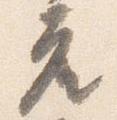
座